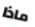
ماذا